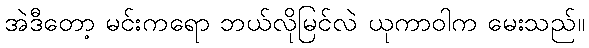
အဲဒီတော့ မင်းကရော ဘယ်လိုမြင်လဲ ယုကာဝါက မေးသည်။